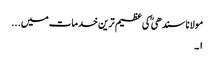
مولانا سندھی ؒ کی عظیم ترین خدمات میں...
۱۔